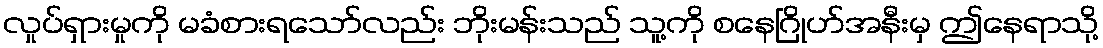
လှုပ်ရှားမှုကို မခံစားရသော်လည်း ဘိုးမန်းသည် သူ့ကို စနေဂြိုဟ်အနီးမှ ဤနေရာသို့